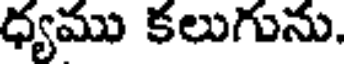
ధ్యము కలుగును.